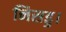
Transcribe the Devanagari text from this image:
निसड्ड।